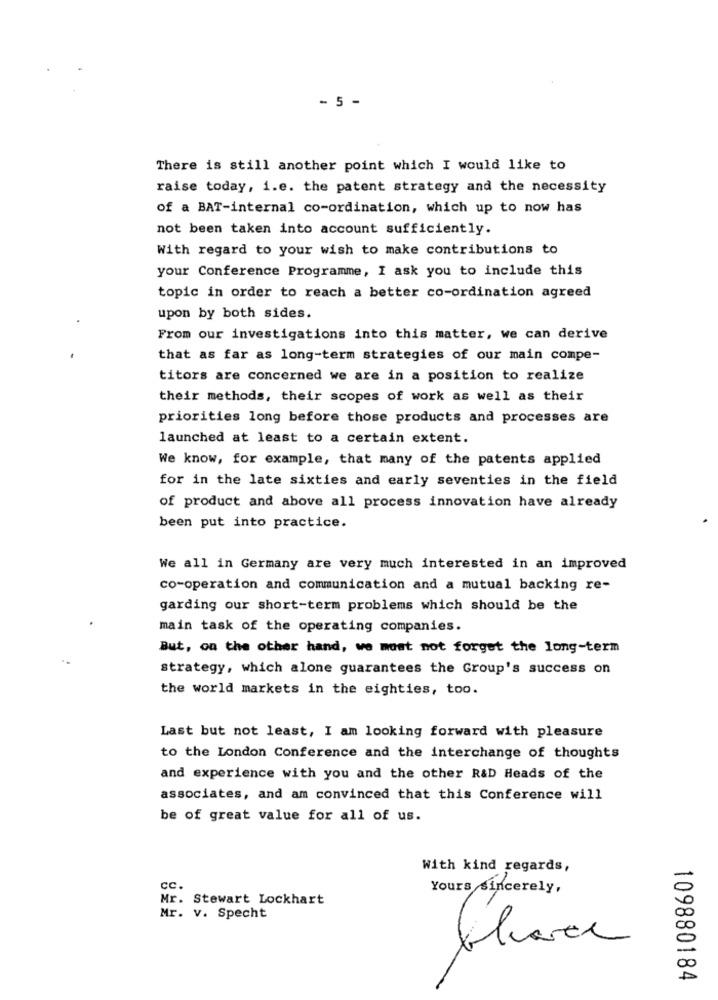
- 5 -
There is still another point which I would like to
raise today, i.e. the patent strategy and the necessity
of a BAT-internal co-ordination, which up to now has
not been taken into account sufficiently.
With regard to your wish to make contributions to
your Conference Programme, I ask you to include this
topic in order to reach a better co-ordination agreed
upon by both sides.
From our investigations into this matter, we can derive
that as far as long-term strategies of our main compe-
titors are concerned we are in a position to realize
their methods, their scopes of work as well as their
priorities long before those products and processes are
launched at least to a certain extent.
We know, for example, that many of the patents applied
for in the late sixties and early seventies in the field
of product and above all process innovation have already
been put into practice.
We all in Germany are very much interested in an improved
co-operation and communication and a mutual backing re-
garding our short-term problems which should be the
main task of the operating companies.
But, on the other hand, we must not forget the long-term
strategy, which alone guarantees the Group's success on
the world markets in the eighties, too.
Last but not least, I am looking forward with pleasure
to the London Conference and the interchange of thoughts
and experience with you and the other R&D Heads of the
associates, and am convinced that this Conference will
be of great value for all of us.
With kind regards,
cc.
Yours sincerely,
Mr. Stewart Lockhart
Mr. v. Specht
109880184